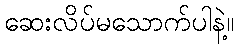
ဆေးလိပ်မသောက်ပါနဲ့။